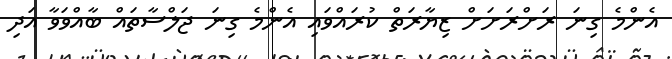
އެންމެ ގިނަ ރަށްރަށަށް ޒިޔާރަތް ކުރައްވައި އެންމެ ގިނަ ޖަލްސާތައް ބާއްވަވާ އަދި